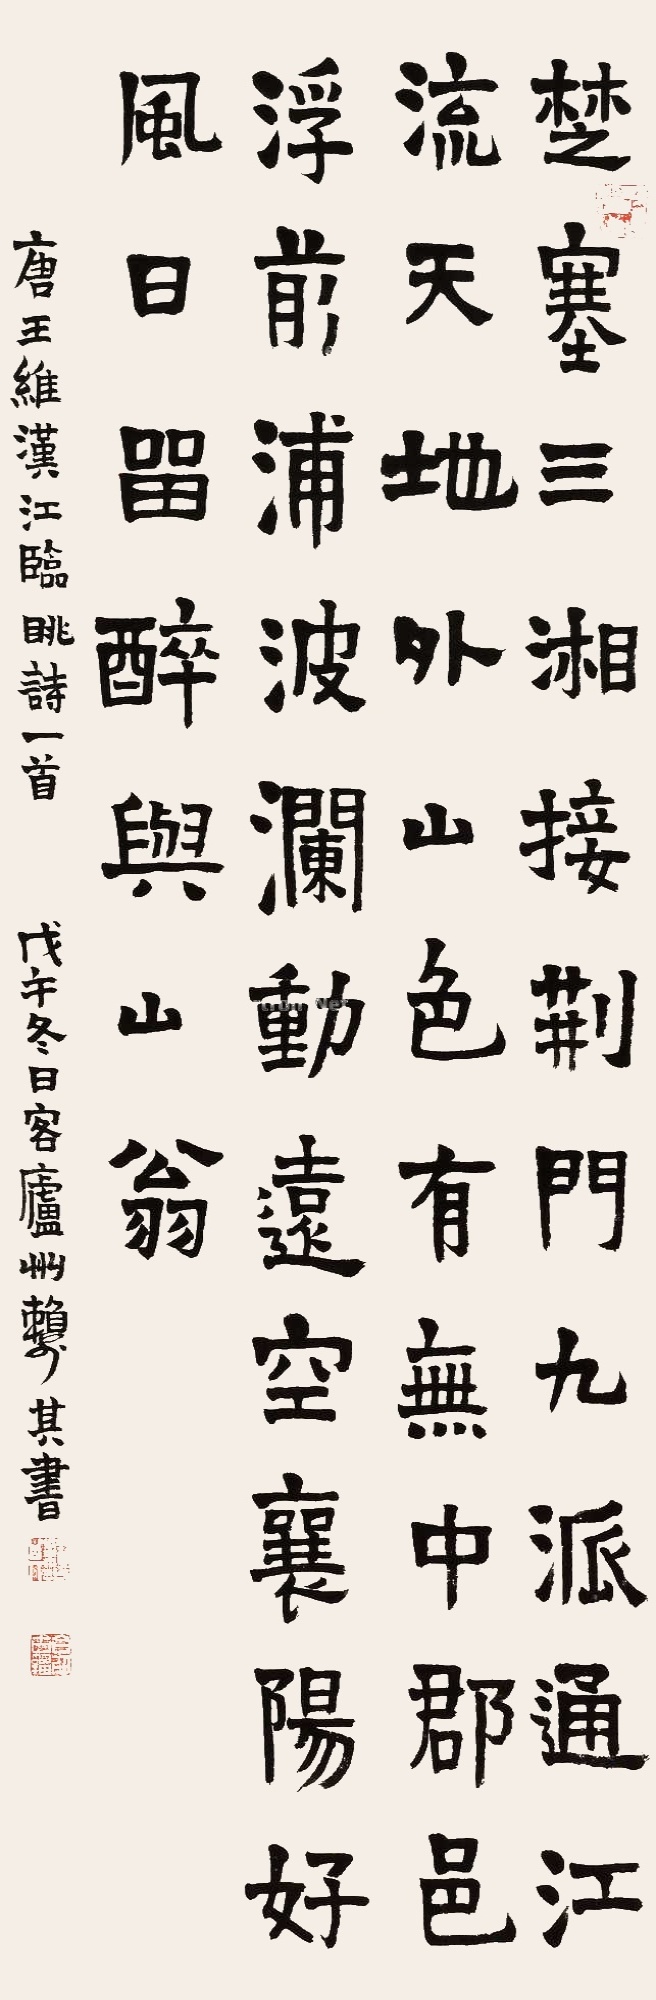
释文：楚塞三湘接，荆门九派通。江流天地外，山色有无中。郡邑浮前浦，波澜动远空。襄阳好风日，留醉与山翁。唐王维《汉江临眺》诗一首。戊午冬日客庐州，赖少其书。